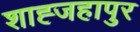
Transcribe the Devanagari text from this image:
शाह्जहापुर